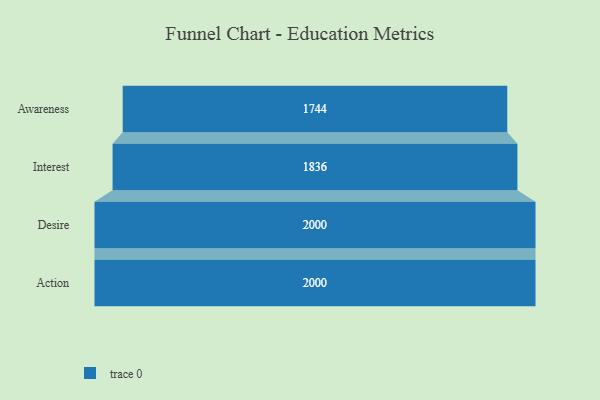
{"axis": {"x": "Stage", "y": "Value"}, "legend": [""], "data": [{"x": "Awareness", "y": 1744.0, "type": ""}, {"x": "Interest", "y": 1836.0, "type": ""}, {"x": "Desire", "y": 2000, "type": ""}, {"x": "Action", "y": 2000, "type": ""}]}